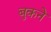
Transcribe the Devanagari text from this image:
बुकने